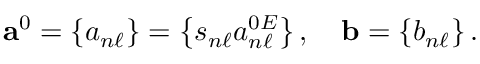
\mathbf { a } ^ { 0 } = \left\{ a _ { n \ell } \right\} = \left\{ s _ { n \ell } a _ { n \ell } ^ { 0 E } \right\} , \quad \mathbf { b } = \left\{ b _ { n \ell } \right\} .